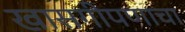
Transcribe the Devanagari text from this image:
खासगीपणाचा